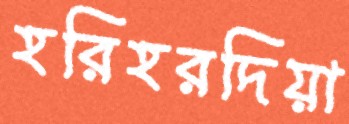
হরিহরদিয়া